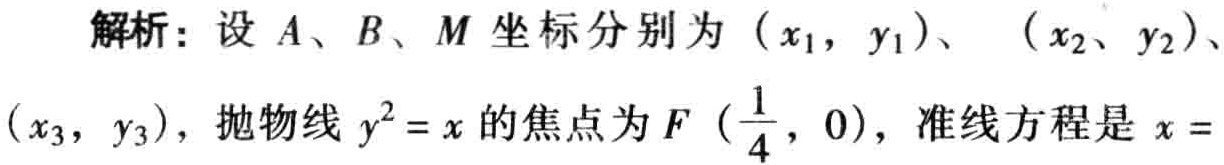
解析：设 \(A、B、M\) 坐标分别为 \((x_1,y_1)\)、\((x_2,y_2)\)、\((x_3,y_3)\)，抛物线 \(y^{2}=x\) 的焦点为 \(F\left(\frac{1}{4},0\right)\)，准线方程是 \(x =\)